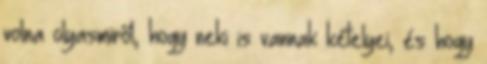
volna olyasmiről, hogy neki is vannak kételyei, és hogy